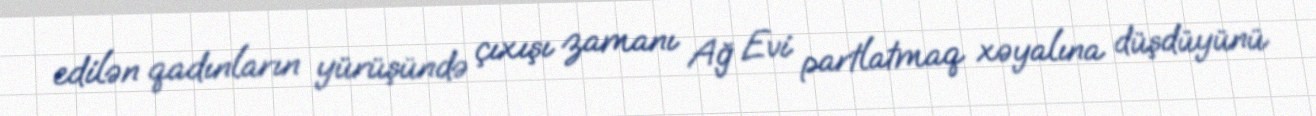
edilən qadınların yürüşündə çıxışı zamanı Ağ Evi partlatmaq xəyalına düşdüyünü